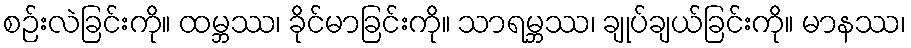
စဉ်းလဲခြင်းကို။ ထမ္ဘဿ၊ ခိုင်မာခြင်းကို။ သာရမ္ဘဿ၊ ချုပ်ချယ်ခြင်းကို။ မာနဿ၊